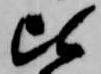
比